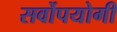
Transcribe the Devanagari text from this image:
सर्वोपयोगी